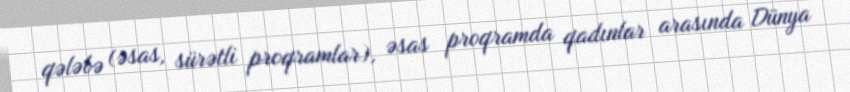
qələbə (əsas, sürətli proqramlar), əsas proqramda qadınlar arasında Dünya